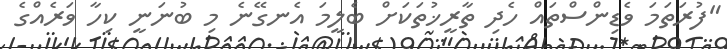
"ފުރަތަމަ ވެޑިންސްތައް ހެދި ތާރީޚުތަކަށް ބެލީމަ އެނގޭނެ މި ބުނަނީ ކިހާ ވަރެއްގެ